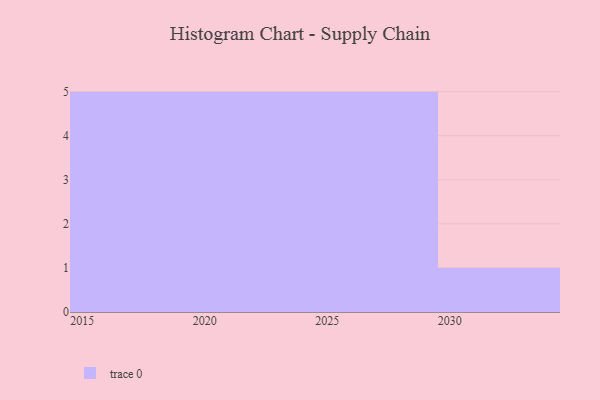
{"axis": {"x": "Year", "y": "Customer Acquisition Cost (USD)"}, "legend": [""], "data": [{"x": "2017", "y": 36, "type": ""}, {"x": "2026", "y": 99, "type": ""}, {"x": "2027", "y": 13, "type": ""}, {"x": "2023", "y": 54, "type": ""}, {"x": "2030", "y": 50, "type": ""}, {"x": "2021", "y": 72, "type": ""}, {"x": "2019", "y": 8, "type": ""}, {"x": "2028", "y": 44, "type": ""}, {"x": "2022", "y": 51, "type": ""}, {"x": "2016", "y": 71, "type": ""}, {"x": "2020", "y": 13, "type": ""}, {"x": "2024", "y": 81, "type": ""}, {"x": "2018", "y": 46, "type": ""}, {"x": "2029", "y": 53, "type": ""}, {"x": "2025", "y": 12, "type": ""}, {"x": "2015", "y": 99, "type": ""}]}